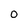
Character: O